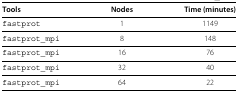
<table><thead><tr><td><b>Tools</b></td><td><b>Nodes</b></td><td><b>Time (minutes)</b></td></tr></thead><tbody><tr><td>fastprot</td><td>1</td><td>1149</td></tr><tr><td>fastprot_mpi</td><td>8</td><td>148</td></tr><tr><td>fastprot_mpi</td><td>16</td><td>76</td></tr><tr><td>fastprot_mpi</td><td>32</td><td>40</td></tr><tr><td>fastprot_mpi</td><td>64</td><td>22</td></tr></tbody></table>